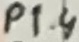
Text: P1.4